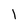
Character: 1